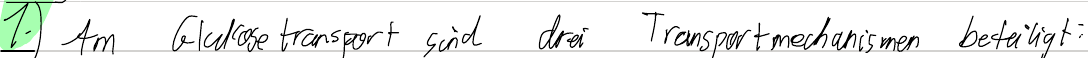
1.) Am Glukosetransport sind drei Transportmechanismen beteiligt: